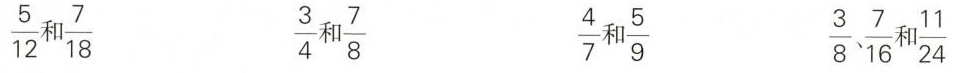
\frac{5}{12}和\frac{7}{18} \frac{3}{4}和\frac{7}{8} \frac{4}{7}和\frac{5}{9} \frac{3}{8}、\frac{7}{16}和\frac{11}{24}